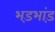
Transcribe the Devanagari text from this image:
भड़भांड़